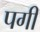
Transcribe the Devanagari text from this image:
पगी